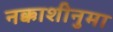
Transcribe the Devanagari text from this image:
नक्काशीनुमा